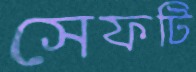
সেফটি